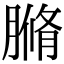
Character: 䐰